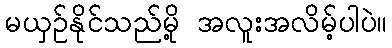
မယှဉ်နိုင်သည်မို့ အလူးအလိမ့်ပါပဲ။